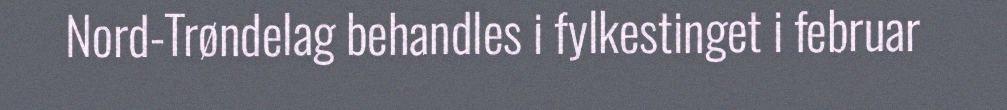
Nord-Trøndelag behandles i fylkestinget i februar